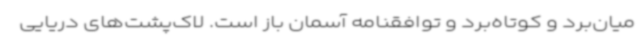
میان‌برد و کوتاه‌برد و توافقنامه آسمان باز است. لاک‌پشت‌های دریایی